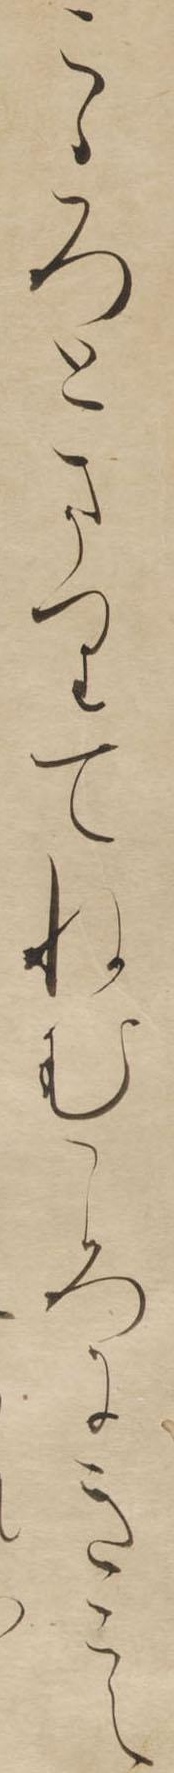
こゝろとまりてねむころにきこえ